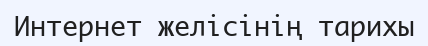
Интернет желісінің тарихы